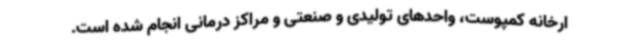
ارخانه کمپوست، واحدهای تولیدی و صنعتی و مراکز درمانی انجام شده است.